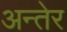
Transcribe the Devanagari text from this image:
अन्तेर